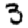
Digit: 3